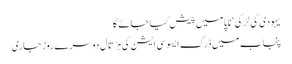
یہودی کی لڑکی‘ ناپا میں پیش کیا جائے گا
پنجاب میں ڈرگ ایسوسی ایشن کی ہڑتال دوسرے روز جاری